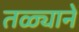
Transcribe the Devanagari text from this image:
तळ्याने